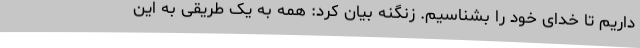
داریم تا خدای خود را بشناسیم. زنگنه بیان کرد: همه به یک طریقی به این